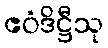
ဧဝံဒိဋ္ဌီသု